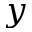
y